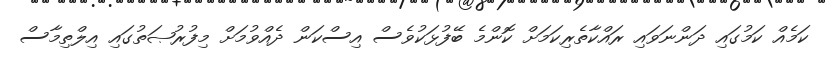
ކަމެއް ކަމުގައި ދަންނަވައި ރައްކާތެރިކަމަށް ކޮންމެ ބޭފުޅަކުވެސް އިސްކަން ދެއްވުމަށް މިފުރުޞަތުގައި އިލްތިމާސް